Lunatic asylums in Bengal annual reports 1912-1924 - 1912-1924
Year: 1912
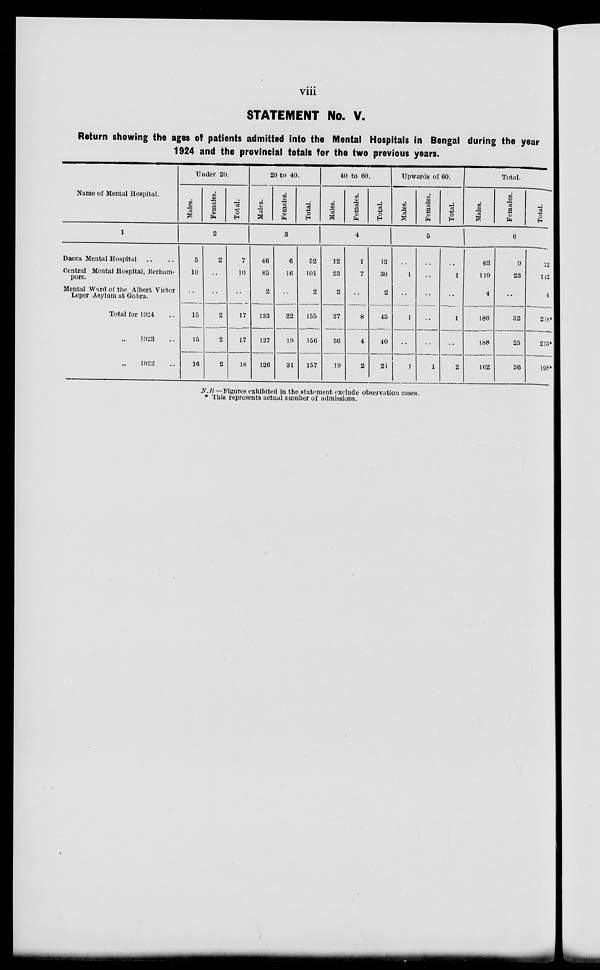
viii
STATEMENT No. V.
Return showing the ages of patients admitted into the Mental Hospitals in Bengal during the year
1924 and the provincial totals for the two previous years.
Name of Mental Hospital.
1
Dacca Mental Hospital .. ..
Central Mental Hospital, Berham-
pore.
Mental Ward of the Albert Victor
Leper Asylum at Gobra.
Total for 1924 ..
„ 1923 ..
„ 1922 ..
Under 20.
Males.
Females. Total.
2
5
10
..
15
15
16
2
..
..
2
2
2
7
10
..
17
17
18
20 to 40.
Males. Females. Total.
3
46
85
2
133
137
126
6
16
..
22
19
31
52
101
2
155
156
157
40 to 60.
Males. Females. Total.
4
12
23
2
37
36
19
1
7
..
8
4
2
13
30
2
45
40
21
Upwards of 60.
Males. Females.
Total.
5
..
1
..
1
..
1
..
..
..
..
..
1
..
1
..
1
..
2
Total.
Males. Females. Total.
6
63
119
4
186
188
162
9
23
..
32
25
36
72
142
4
218*
213*
198*
N.B.—Figures exhibited in the statement exclude observation cases.
* This represents actual number of admissions.